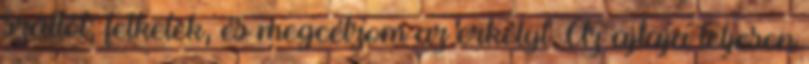
száltól, felkelek, és megcélzom az erkélyt. Az ajtaja teljesen